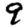
Digit: 9